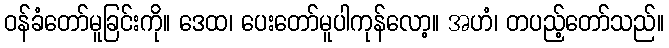
ဝန်ခံတော်မူခြင်းကို။ ဒေထ၊ ပေးတော်မူပါကုန်လော့။ အဟံ၊ တပည့်တော်သည်။